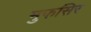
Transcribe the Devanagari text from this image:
मुफसिर